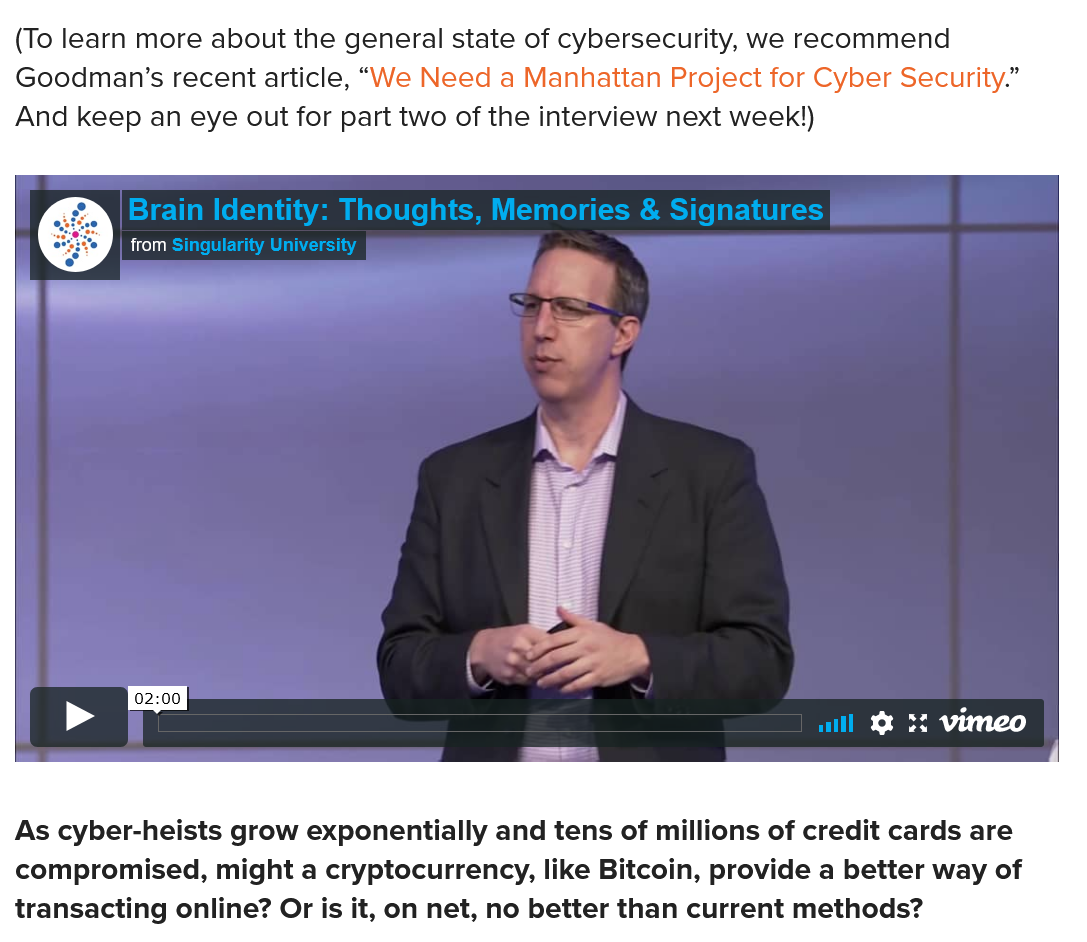
(To learn more about the general state of cybersecurity, we recommend
  Goodman’s recent article, “We Need a Manhattan Project for Cyber Security.”
  And keep an eye out for part two of the interview next week!)
  As cyber-heists grow exponentially and tens of millions of credit cards are
  compromised, might a cryptocurrency, like Bitcoin, provide a better way of
  transacting online? Or is it, on net, no better than current methods?
     Rice T ie Cee TLS
     Brain Identity: Thoughts, Memories & Signatures